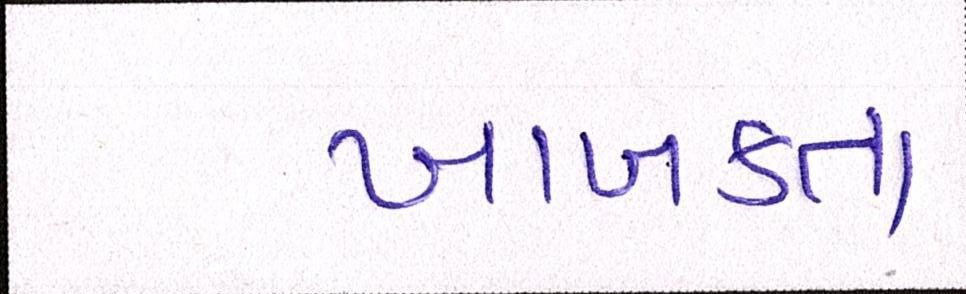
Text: ખાબકતા